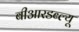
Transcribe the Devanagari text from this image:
बीआरडब्ल्यू